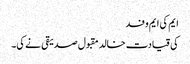
ایم کی ایم وفد
کی قیادت خالد مقبول صدیقی نے کی۔